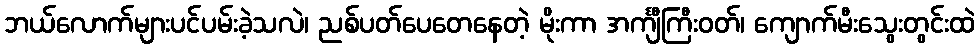
ဘယ်လောက်များပင်ပမ်းခဲ့သလဲ၊ ညစ်ပတ်ပေတေနေတဲ့ မိုးကာ အင်္ကျီကြီးဝတ်၊ ကျောက်မီးသွေးတွင်းထဲ